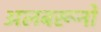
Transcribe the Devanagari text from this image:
अलबरूनो